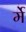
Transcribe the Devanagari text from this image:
र्मे